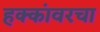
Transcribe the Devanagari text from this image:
हक्कांवरचा